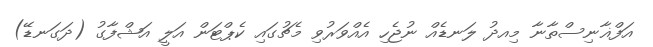
އަފްޣާނިސްތާނާ މިއދު ލަނޑެއް ނުޖެހި އެއްވަރުވި މެޗުގައި ކެޕްޓަން އަލީ އަޝްފާގު (ދަގަނޑޭ)